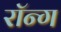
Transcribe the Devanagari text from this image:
रॉन्ग